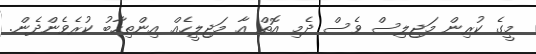
މީގެ ކުރިން މަޖިލިސް ވެސް ދެމި އޮތް އާ މަޖިލީހެއް އިންތިހާބު ކުރެވެންދެން.